Scottish Leaving Certificate Examination, 1951
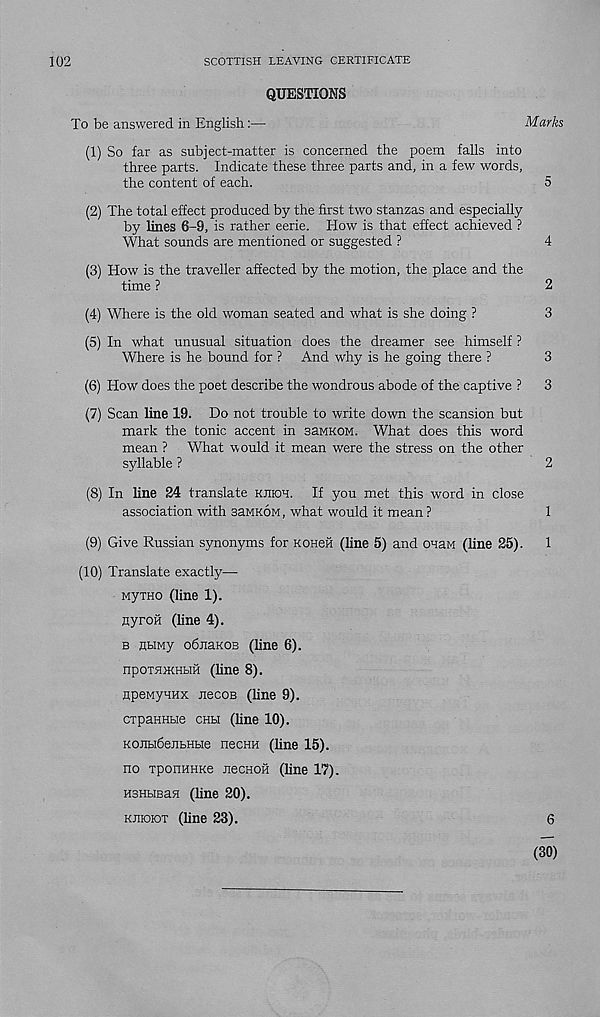
102
SCOTTISH LEAVING CERTIFICATE
QUESTIONS
To be answered in English:—
Marks
(1) So far as subject-matter is concerned the poem falls into
three parts. Indicate these three parts and, in a few words,
the content of each.
5
(2) The total effect produced by the first two stanzas and especially
by lines 6-9, is rather eerie. How is that effect achieved ?
What sounds are mentioned or suggested ?
4
(3) How is the traveller affected by the motion, the place and the
time ?
2
(4) Where is the old woman seated and what is she doing ?
3
(5) In what unusual situation does the dreamer see himself ?
Where is he bound for ? And why is he going there ?
3
(6) How does the poet describe the wondrous abode of the captive ? 3
(7) Scan line 19. Do not trouble to write down the scansion but
mark the tonic accent in saMKOM. What does this word
mean ? What would it mean were the stress on the other
syllable ?
2
(8) In line 24 translate kjhoh. If you met this word in close
association with semkom, what would it mean ?
1
(9) Give Russian synonyms for KOHeii (line 5) and ohem (line 25). 1
(10) Translate exactly—•
MyiHO (line 1).
nyrofi (line 4).
b ubiwy odnaKOB (line 6).
npoTHiKHHH (line 8).
HpeMyuHx JiecoB (line 9).
cxpaHHbie CHbi (line 10).
KOiibidejibHbie necHH (line 15).
no xponHHKe necHoii (line 17).
HSHbiBan (line 20).
kjikiiox (line 23).
6
(30)